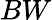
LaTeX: BW